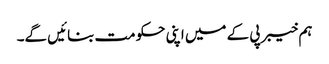
ہم خیبر پی کے میں اپنی حکومت بنائیں گے۔